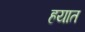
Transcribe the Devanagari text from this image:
हयात